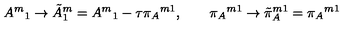
{ A ^ { m } } _ { 1 } \to { \tilde { A } ^ { m } } _ { 1 } = { A ^ { m } } _ { 1 } - \tau { \pi _ { A } } ^ { m 1 } , \qquad { \pi _ { A } } ^ { m 1 } \to { \tilde { \pi } _ { A } } ^ { m 1 } = { \pi _ { A } } ^ { m 1 }